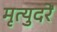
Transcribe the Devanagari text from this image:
मृत्युदरें